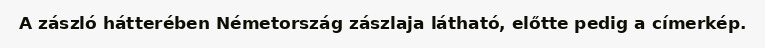
A zászló hátterében Németország zászlaja látható, előtte pedig a címerkép.